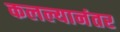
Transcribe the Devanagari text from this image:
कलल्यानंतर